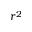
r ^ { 2 }